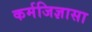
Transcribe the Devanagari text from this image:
कर्मजिज्ञासा